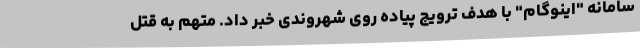
سامانه "اینوگام" با هدف ترویج پیاده روی شهروندی خبر داد. متهم به قتل